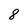
Character: 8